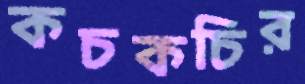
কচকচির